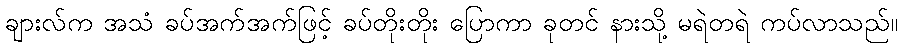
ချားလ်က အသံ ခပ်အက်အက်ဖြင့် ခပ်တိုးတိုး ပြောကာ ခုတင် နားသို့ မရဲတရဲ ကပ်လာသည်။